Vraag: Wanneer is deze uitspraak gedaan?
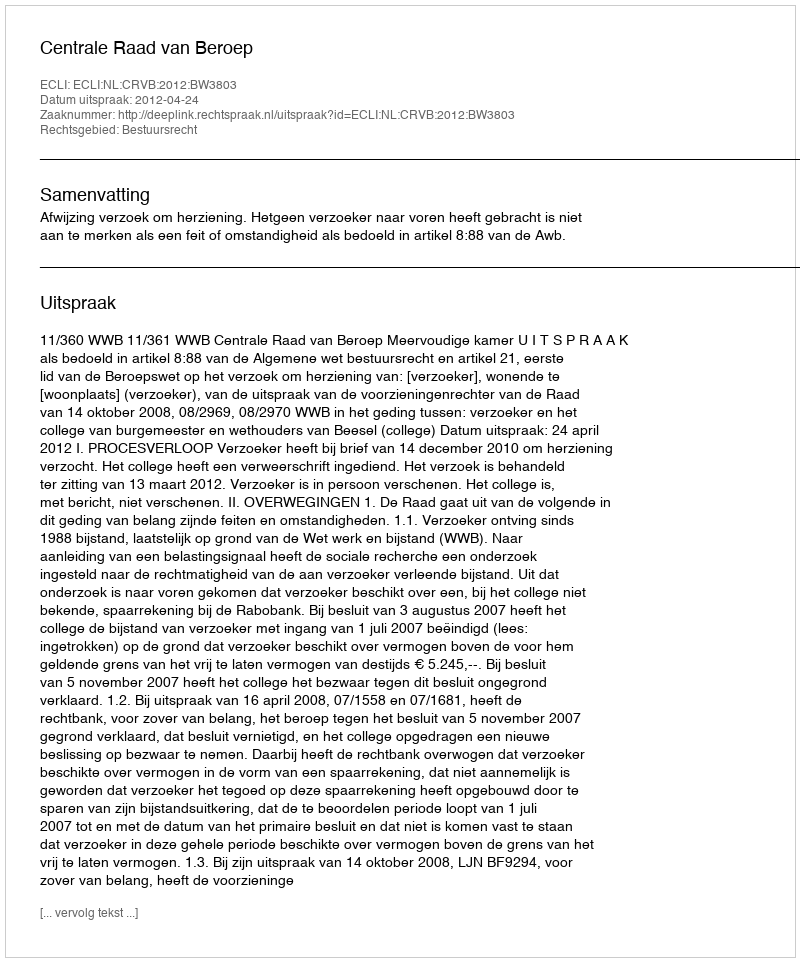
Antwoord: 2012-04-24